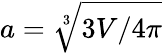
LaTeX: a=\sqrt[3]{3V/4\pi}